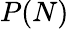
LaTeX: P(N)